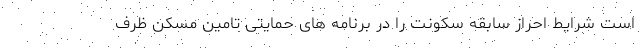
است شرایط احراز سابقه سکونت را در برنامه های حمایتی تامین مسکن ظرف